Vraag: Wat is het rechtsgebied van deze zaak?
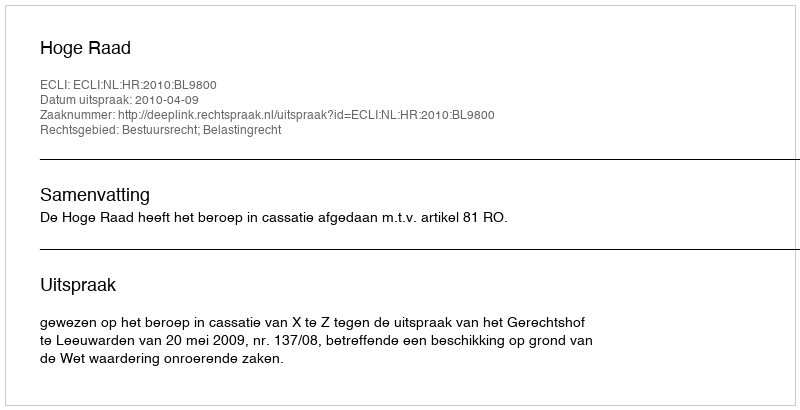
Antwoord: Bestuursrecht; Belastingrecht